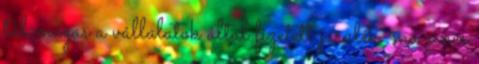
túl magas a vállalatok által fizetett járulék, ma sincs